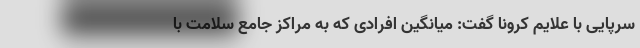
سرپایی با علایم کرونا گفت: میانگین افرادی که به مراکز جامع سلامت با